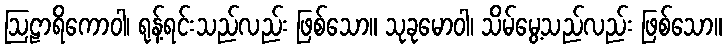
ဩဠာရိကောဝါ၊ ရုန့်ရင်းသည်လည်း ဖြစ်သော။ သုခုမောဝါ၊ သိမ်မွေ့သည်လည်း ဖြစ်သော။